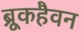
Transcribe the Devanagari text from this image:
ब्रूकहैवन